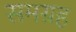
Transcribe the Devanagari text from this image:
समग्रह